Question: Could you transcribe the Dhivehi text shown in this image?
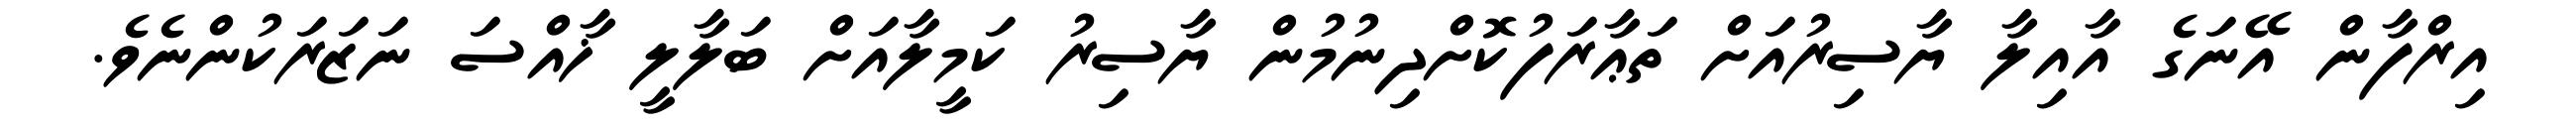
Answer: އިރްފާން އޭނަގެ އާއިލާ ޔާސިރުއަށް ތަޢާރަފުކޮށްދިނުމުން ޔާސިރު ކަމީލާއަށް ބަލާލީ ޚާއްސަ ނަޒަރަކުންނެވެ.